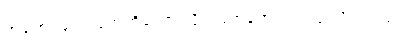
အရောင်လေးတွေကိုတော့ လိုက်ဖက်အောင် တွဲဖို့ လိုပါတယ်။